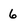
Character: 6